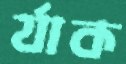
র‍্যাক